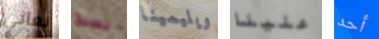
نعاني يسبح ويليمينا علينا أحد